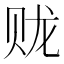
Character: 𫎦